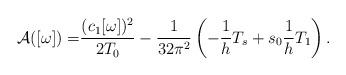
LaTeX: \begin{align*}\mathcal{A}([\omega])=&\frac{(c_1[\omega])^2}{2T_0}-\frac{1}{32\pi^2}\left(-\frac1hT_s+s_0\frac1hT_1\right).\end{align*}